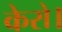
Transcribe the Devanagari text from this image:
केरो।